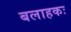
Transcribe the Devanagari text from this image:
बलाहकः